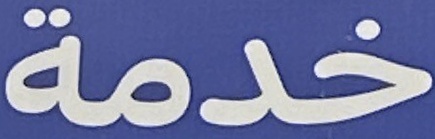
خدمة